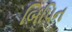
બિપિન